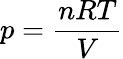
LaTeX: p={\frac{nRT}{V}}